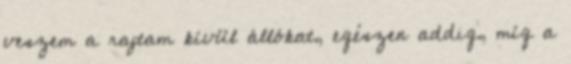
veszem a rajtam kívül állókat, egészen addig, míg a